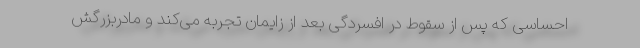
احساسی که پس از سقوط در افسردگی بعد از زایمان تجربه می‌کند و مادربزرگش